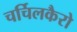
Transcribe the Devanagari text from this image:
चर्चिलकैरो